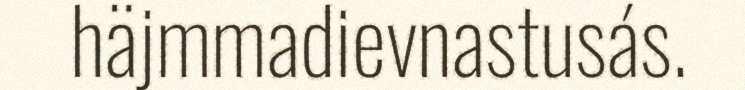
häjmmadievnastusás.